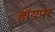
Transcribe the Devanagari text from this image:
डॉयपर